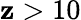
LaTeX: \mathbf{z}>10